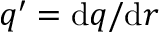
q ^ { \prime } = \mathrm { d } q / \mathrm { d } r